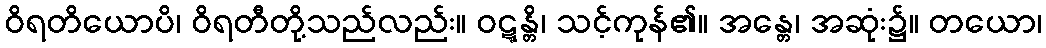
ဝိရတိယောပိ၊ ဝိရတီတို့သည်လည်း။ ဝဋ္ဋန္တိ၊ သင့်ကုန်၏။ အန္တေ၊ အဆုံး၌။ တယော၊